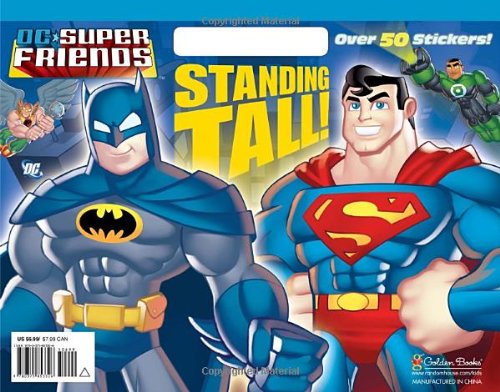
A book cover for Standing Tall! (DC Super Friends) (Big Coloring Book); Golden Books; Children's Books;